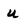
Character: u